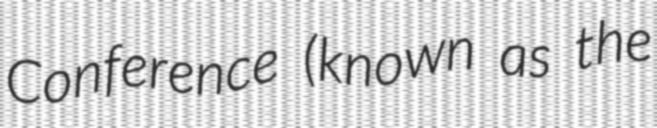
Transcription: Conference (known as the